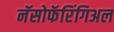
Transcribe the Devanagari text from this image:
नॅसोफॅरिंगिअल